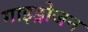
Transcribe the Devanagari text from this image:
गाइड्रोजन